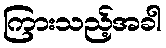
ကြားသည့်အခါ